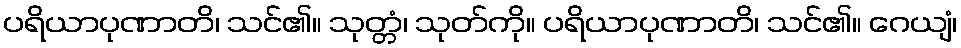
ပရိယာပုဏာတိ၊ သင်၏။ သုတ္တံ၊ သုတ်ကို။ ပရိယာပုဏာတိ၊ သင်၏။ ဂေယျံ၊